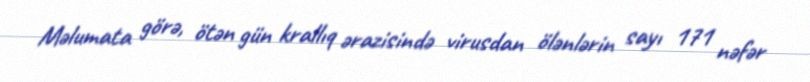
Məlumata görə, ötən gün krallıq ərazisində virusdan ölənlərin sayı 171 nəfər